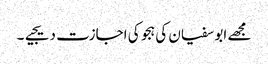
مجھے ابو سفیان کی ہجو کی اجازت دیجیے۔